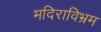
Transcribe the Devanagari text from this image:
मदिराविभ्रम